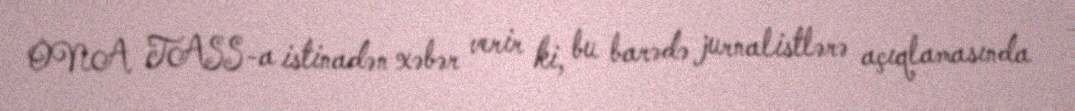
ONA TASS-a istinadən xəbər verir ki, bu barədə jurnalistlərə açıqlamasında